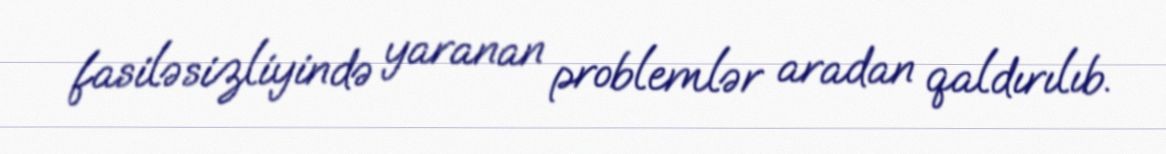
fasiləsizliyində yaranan problemlər aradan qaldırılıb.